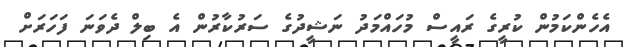
އެހެންކަމުން ކުރީގެ ރައީސް މުހައްމަދު ނަޝީދުގެ ސަރުކާރުން އެ ބިލް ދެވަނަ ފަހަރަށް